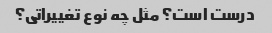
درست است؟ مثل چه نوع تغییراتی؟